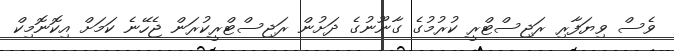
ވެސް ވިޔަފާރި ރަޖިސްޓްރީ ކުރުމުގެ ގާނޫނުގެ ދަށުން ރަޖިސްޓްރީކުރަން ޖެހޭނެ ކަމަށް އިކޮނޮމިކް